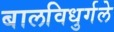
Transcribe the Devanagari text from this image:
बालविधुर्गले